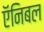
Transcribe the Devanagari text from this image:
ऍनिबल